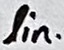
Text: lin.